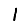
Digit: 1